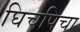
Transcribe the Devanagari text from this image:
घिचपिचा